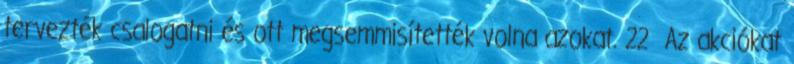
tervezték csalogatni és ott megsemmisítették volna azokat. 22 Az akciókat